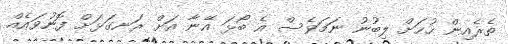
ތެރެއިން ހުހަށް ލިބުނު ނަމަވެސް އެ ބޯޅަ އޭނާ އަށް ރަނގަޅަށް ފޮނުވައެއް